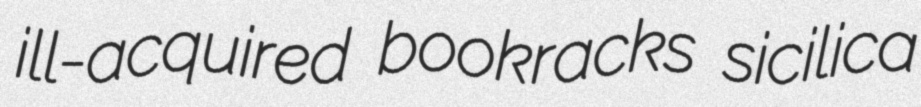
ill-acquired bookracks sicilica